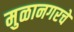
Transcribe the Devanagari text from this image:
मुळानगरचे